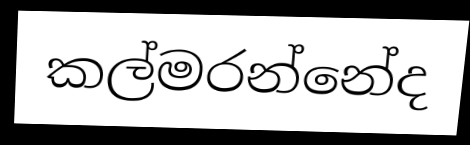
කල්මරන්නේද